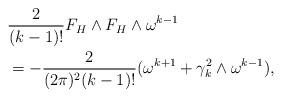
LaTeX: \begin{align*}&\frac{2}{(k-1)!}F_{H}\wedge F_{H}\wedge \omega^{k-1}\\&=-\frac{2}{(2\pi)^{2}(k-1)!}(\omega^{k+1}+\gamma_{k}^{2}\wedge\omega^{k-1}),\end{align*}